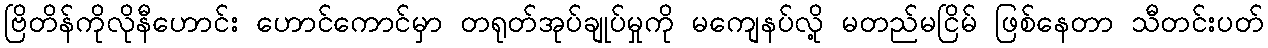
ဗြိတိန်ကိုလိုနီဟောင်း ဟောင်ကောင်မှာ တရုတ်အုပ်ချုပ်မှုကို မကျေနပ်လို့ မတည်မငြိမ် ဖြစ်နေတာ သီတင်းပတ်